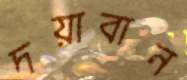
দয়াবান